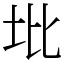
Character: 㘩